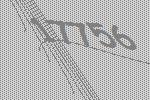
17756